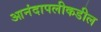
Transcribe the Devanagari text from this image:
आनंदापलीकडील